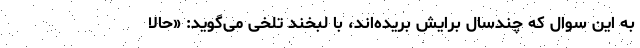
به این سوال که چندسال برایش بریده‌اند، با لبخند تلخی می‌گوید: «حالا